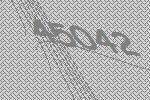
45042